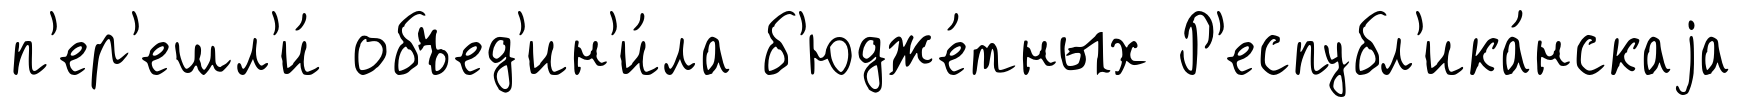
п'ер'ешл'и́ объед'ин'и́ла б'юдже́тных Р'еспубл'ика́нскаjа